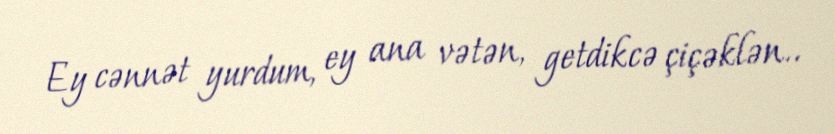
Ey cənnət yurdum, ey ana vətən, getdikcə çiçəklən..